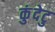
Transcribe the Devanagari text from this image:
कुंदेटु